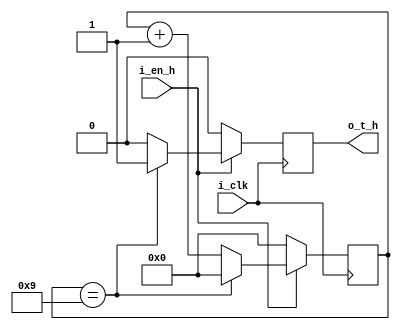
//-----------------------------------------------------------------------------
	//counter 10 tick (64x25, 64x30)
//-----------------------------------------------------------------------------
module vga_tic_10
(
    input wire i_clk,
	input wire i_en_h,
	output wire o_t_h
);

reg [3:0] q = 0;
reg t = 0;

always @(posedge i_clk)
begin
    if (i_en_h) begin
        if (q == 9) begin
			t <= 1;
			q <= 0;
		end else begin
			t <= 0;
			q <= q + 1'b1;
		end
	end else begin
		q <= 0;
		t <= 0;
	end
end

assign o_t_h = t;

endmodule